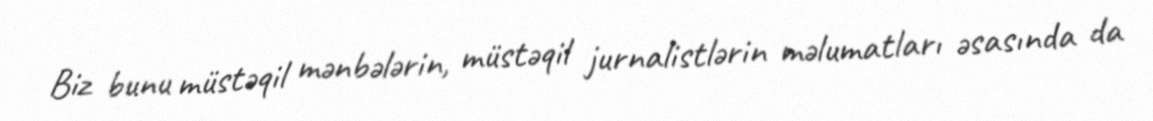
Biz bunu müstəqil mənbələrin, müstəqil jurnalistlərin məlumatları əsasında da